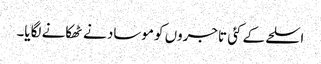
اسلحے کے کئی تاجروں کو موساد نے ٹھکانے لگایا۔